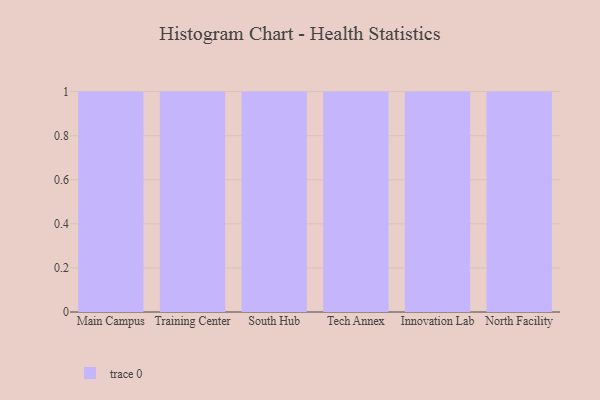
{"axis": {"x": "Campus", "y": "Active Users"}, "legend": [""], "data": [{"x": "Main Campus", "y": 77, "type": ""}, {"x": "Training Center", "y": 15, "type": ""}, {"x": "South Hub", "y": 87, "type": ""}, {"x": "Tech Annex", "y": 5, "type": ""}, {"x": "Innovation Lab", "y": 23, "type": ""}, {"x": "North Facility", "y": 87, "type": ""}]}